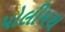
પોલીમથ